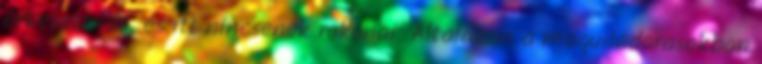
érkezett ide, és itt nincsenek rokonai. Általában a maquiladorasokban